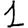
Digit: 1